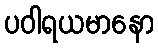
ပဝါရယမာနော